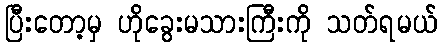
ပြီးတော့မှ ဟိုခွေးမသားကြီးကို သတ်ရမယ်